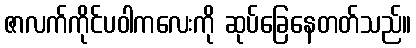
ဇာလက်ကိုင်ပဝါကလေးကို ဆုပ်ခြေနေတတ်သည်။